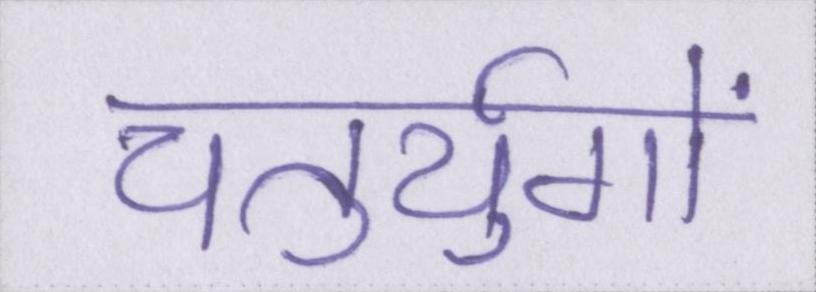
चतुर्युगों